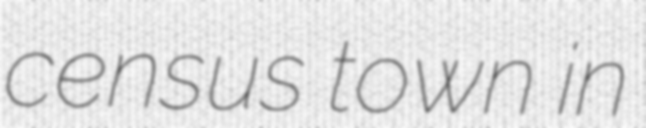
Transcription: census town in